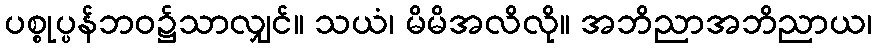
ပစ္စုပ္ပန်ဘဝ၌သာလျှင်။ သယံ၊ မိမိအလိလို။ အဘိညာအဘိညာယ၊